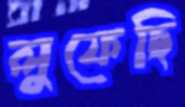
লুফেছি